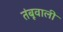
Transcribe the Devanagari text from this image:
तंबूवाली